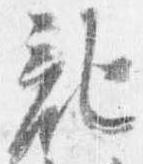
記